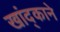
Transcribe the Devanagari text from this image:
खांद्काने